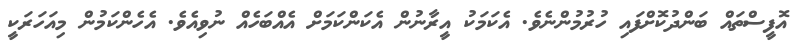
އޮފީސްތައް ބަންދުކޮށްފައި ހުރުމުންނެވެ. އެކަމަކު އީރާނުން އެކަންކަމަށް އެއްބަހެއް ނުވިއެވެ. އެހެންކަމުން މިއަހަރަކީ